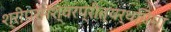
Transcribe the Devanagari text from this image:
श्रीपरमेश्वरप्रीत्यर्थमिमां